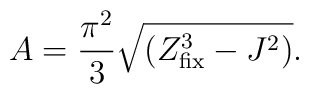
A =   {\pi^2\over 3}\sqrt{( Z_{\rm fix} ^{3}-J^2)}.